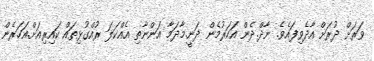
ވަރަށް ދުރަށް އާދެވިފައެވެ. ނާދް.ދެން އަހަރުމެން ދަނީ.މާދަމާ އަންނާތި އެއްކަލަ ރުއްގުޅިތައް ކައިރިއަށް.އަހަރެން